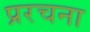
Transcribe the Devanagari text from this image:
प्ररचना